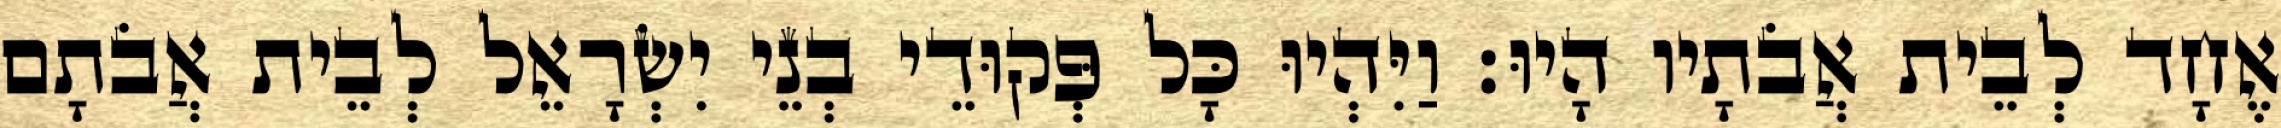
אֶחָד לְבֵית אֲבֹתָיו הָיוּ׃ וַיִּהְיוּ כָּל פְּקוּדֵי בְנֵי יִשְׂרָאֵל לְבֵית אֲבֹתָם